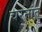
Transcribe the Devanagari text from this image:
चरनांत